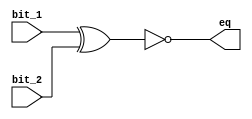
module bitwise_eq (
input wire bit_1, bit_2,
output wire eq
);

assign eq = ~(bit_1^bit_2);

endmodule